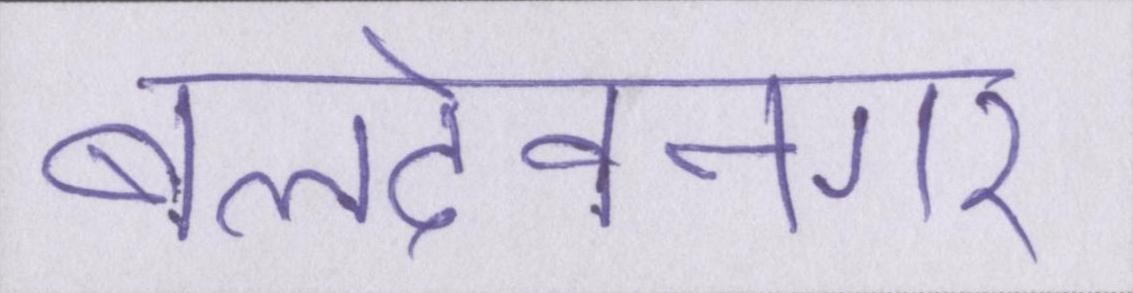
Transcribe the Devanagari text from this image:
बलदेवनगर